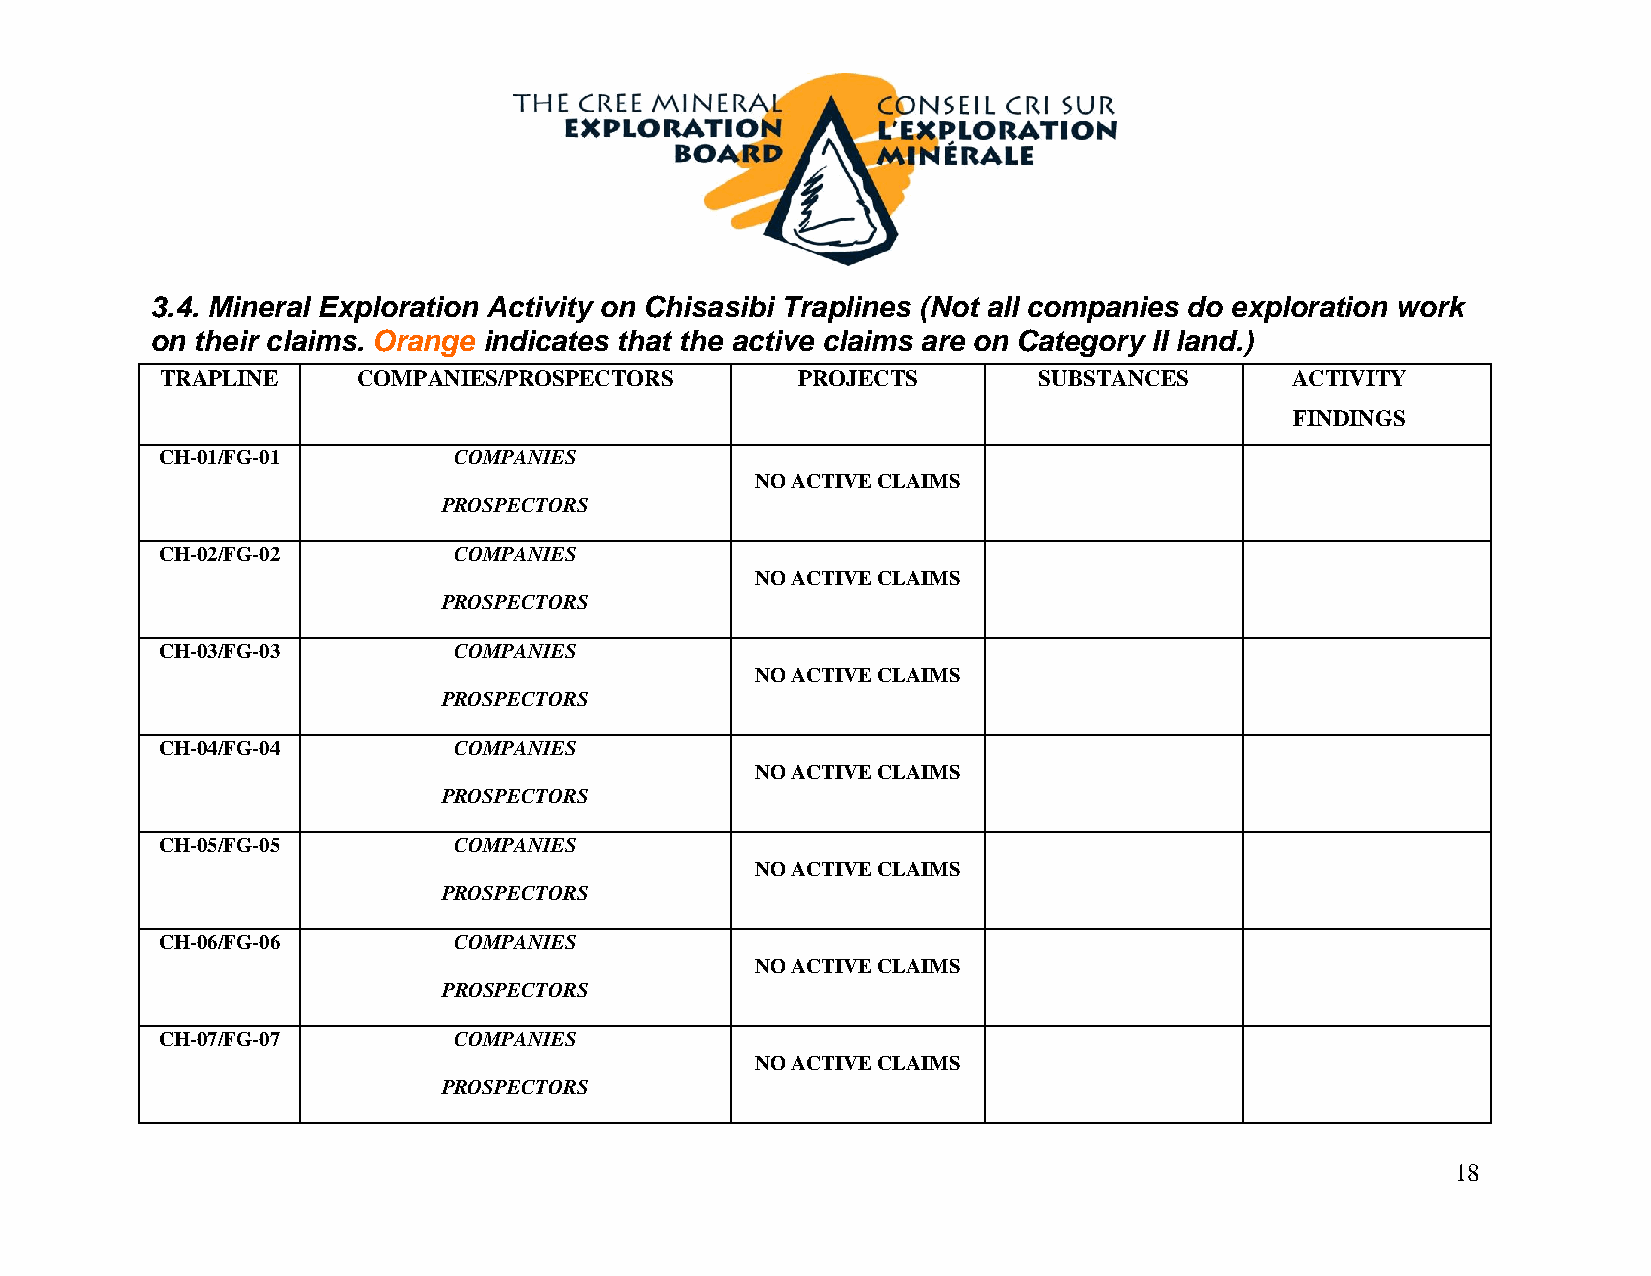
3.4. Mineral Exploration Activity on Chisasibi Traplines (Not all companies do exploration work
 on their claims. Orange indicates that the active claims are on Category II land.)
 TRAPLINE     COMPANIES/PROSPECTORS        PROJECTS        SUBSTANCES      ACTIVITY
 FINDINGS
 CH-01/FG-01         COMPANIES
 NO ACTIVE CLAIMS
 PROSPECTORS
 CH-02/FG-02         COMPANIES
 NO ACTIVE CLAIMS
 PROSPECTORS
 CH-03/FG-03         COMPANIES
 NO ACTIVE CLAIMS
 PROSPECTORS
 CH-04/FG-04         COMPANIES
 NO ACTIVE CLAIMS
 PROSPECTORS
 CH-05/FG-05         COMPANIES
 NO ACTIVE CLAIMS
 PROSPECTORS
 CH-06/FG-06         COMPANIES
 NO ACTIVE CLAIMS
 PROSPECTORS
 CH-07/FG-07         COMPANIES
 NO ACTIVE CLAIMS
 PROSPECTORS
 18